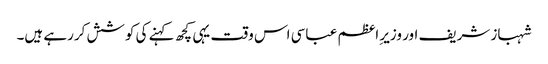
شہباز شریف اور وزیر ِاعظم عباسی اس وقت یہی کچھ کہنے کی کوشش کررہے ہیں۔